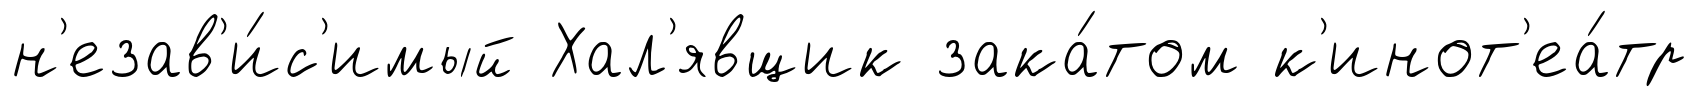
н'езав'и́с'имый Хал'явщик зака́том к'инот'еа́тр